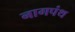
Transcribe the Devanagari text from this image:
नागपंथ